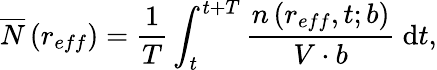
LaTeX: \overline{{N}}\left(r_{eff}\right)=\frac{1}{T}\int_{t}^{t+T}\frac{n\left(r_{eff},t;b\right)}{V\cdot b}\mathrm{~d}t,